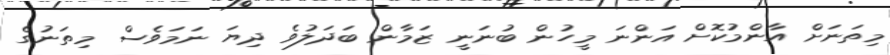
މިތަނަށް އާންމުކޮށް އަންނަ މީހުން ބުނަނީ ޒަމާން ބަދަލުވެ ދިޔަ ނަމަވެސް މިތަނުގެ